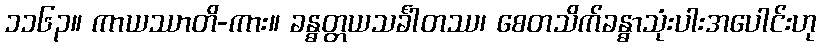
၁၁၆၃။ ကာယဿာတိ-ကား။ ခန္ဓတ္တယသင်္ခါတဿ၊ စေတသိက်ခန္ဓာသုံးပါးအပေါင်းဟု